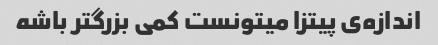
اندازه‌ی پیتزا میتونست کمی بزرگتر باشه